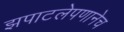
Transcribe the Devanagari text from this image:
झपाटलेपणानेच